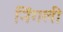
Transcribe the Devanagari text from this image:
निंगली